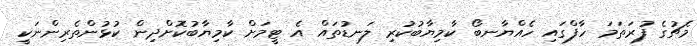
މެޗުގެ ފުރަތަމަ ހާފްގައި ހެއްޔާނބޯ ކާމިޔާބުކުރި ލަނޑުތައް އެ ޓީމަށް ކާމިޔާބުކޮށްދިން ކުޅުންތެރިންނަކީ